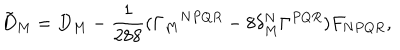
LaTeX: { \tilde { D } } _ { M } = D _ { M } - \frac { 1 } { 2 8 8 } ( \Gamma _ { M } { } ^ { N P Q R } - 8 \delta _ { M } ^ { N } \Gamma ^ { P Q R } ) F _ { N P Q R } ,